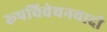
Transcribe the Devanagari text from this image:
रूपविवेचनवादी